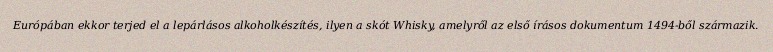
Európában ekkor terjed el a lepárlásos alkoholkészítés, ilyen a skót Whisky, amelyről az első írásos dokumentum 1494-ből származik.